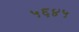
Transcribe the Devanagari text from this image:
५६४५